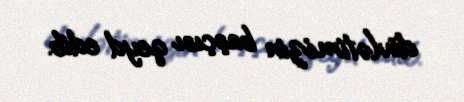
dövlətimizin başçısı qeyd edib.